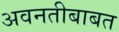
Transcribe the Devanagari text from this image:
अवनतीबाबत